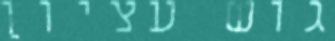
גוש עציון